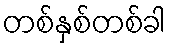
တစ်နှစ်တစ်ခါ